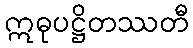
ဣဓုပဋ္ဌိတဿတီ